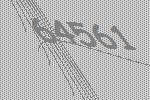
64561